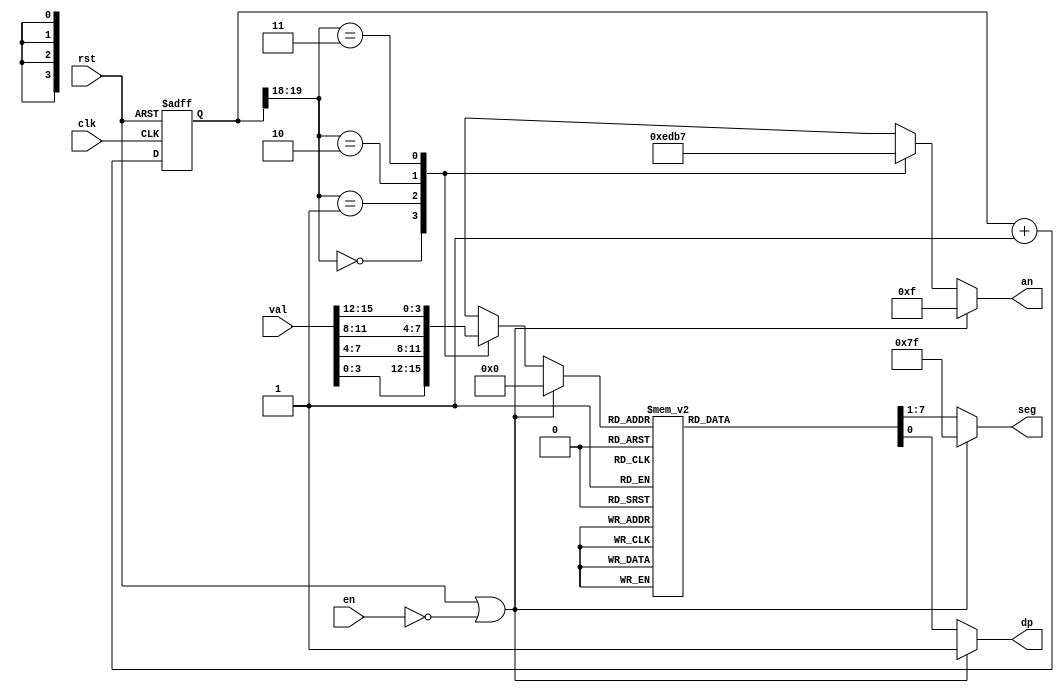
module display_ctrl
#(
	parameter SYS_CLK_FREQ         = 100000000,
	parameter DISPLAY_REFRESH_RATE =   5000000
)
(
	input  wire        clk,
	input  wire        rst,
	input  wire        en,
	input  wire [15:0] val,
	output reg  [ 6:0] seg,
	output reg         dp,
	output reg  [ 3:0] an
);

reg [19:0] cnt;

always @(posedge clk or posedge rst) begin 
	if(rst)
		cnt <= 0;
	else
		cnt <= cnt + 1;
end 

reg  [3:0] digit;
wire [1:0] d_num;
assign d_num[1:0] = cnt[19:18];

always @(*) begin
	if (rst || !en) begin
		digit = 4'b0;
	end else begin
		case (d_num)
			2'b00: digit = val[ 3: 0];
			2'b01: digit = val[ 7: 4];
			2'b10: digit = val[11: 8];
			2'b11: digit = val[15:12];
		endcase
	end
end

always @(*) begin
    if (rst || !en) begin
		an = 4'b1111;
	end else begin
		case (d_num)
			2'b00: an = 4'b1110;
			2'b01: an = 4'b1101;
			2'b10: an = 4'b1011;
			2'b11: an = 4'b0111;
		endcase
	end
end

always @(*) begin
    if (rst || !en) begin
      	{seg, dp} = 8'b11111111;
	end else begin
		case (digit)
			4'h0: {seg, dp} = 8'b10000001;
			4'h1: {seg, dp} = 8'b11110011;
			4'h2: {seg, dp} = 8'b01001001;
			4'h3: {seg, dp} = 8'b01100001;
			4'h4: {seg, dp} = 8'b00110011;
			4'h5: {seg, dp} = 8'b00100101;
			4'h6: {seg, dp} = 8'b00000101;
			4'h7: {seg, dp} = 8'b11110001;
			4'h8: {seg, dp} = 8'b00000001;
			4'h9: {seg, dp} = 8'b00100001;
			4'ha: {seg, dp} = 8'b00010001;
			4'hb: {seg, dp} = 8'b00000111;
			4'hc: {seg, dp} = 8'b10001101;
			4'hd: {seg, dp} = 8'b01000011;
			4'he: {seg, dp} = 8'b00001101;
			4'hf: {seg, dp} = 8'b00011101;
		endcase
	end
end

endmodule